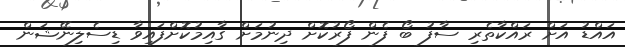
އައްޑު އަށް ރައްކާތެރި ސާފު ބޯ ފެން ފޯރުކޮށް ދިނުމަށް ގާއިމުކޮށްފައިވާ ޑިސެލިނޭޝަން